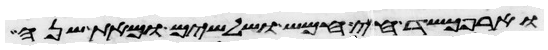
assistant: וארפכשד חי חמש ושלשים ומאת שנה